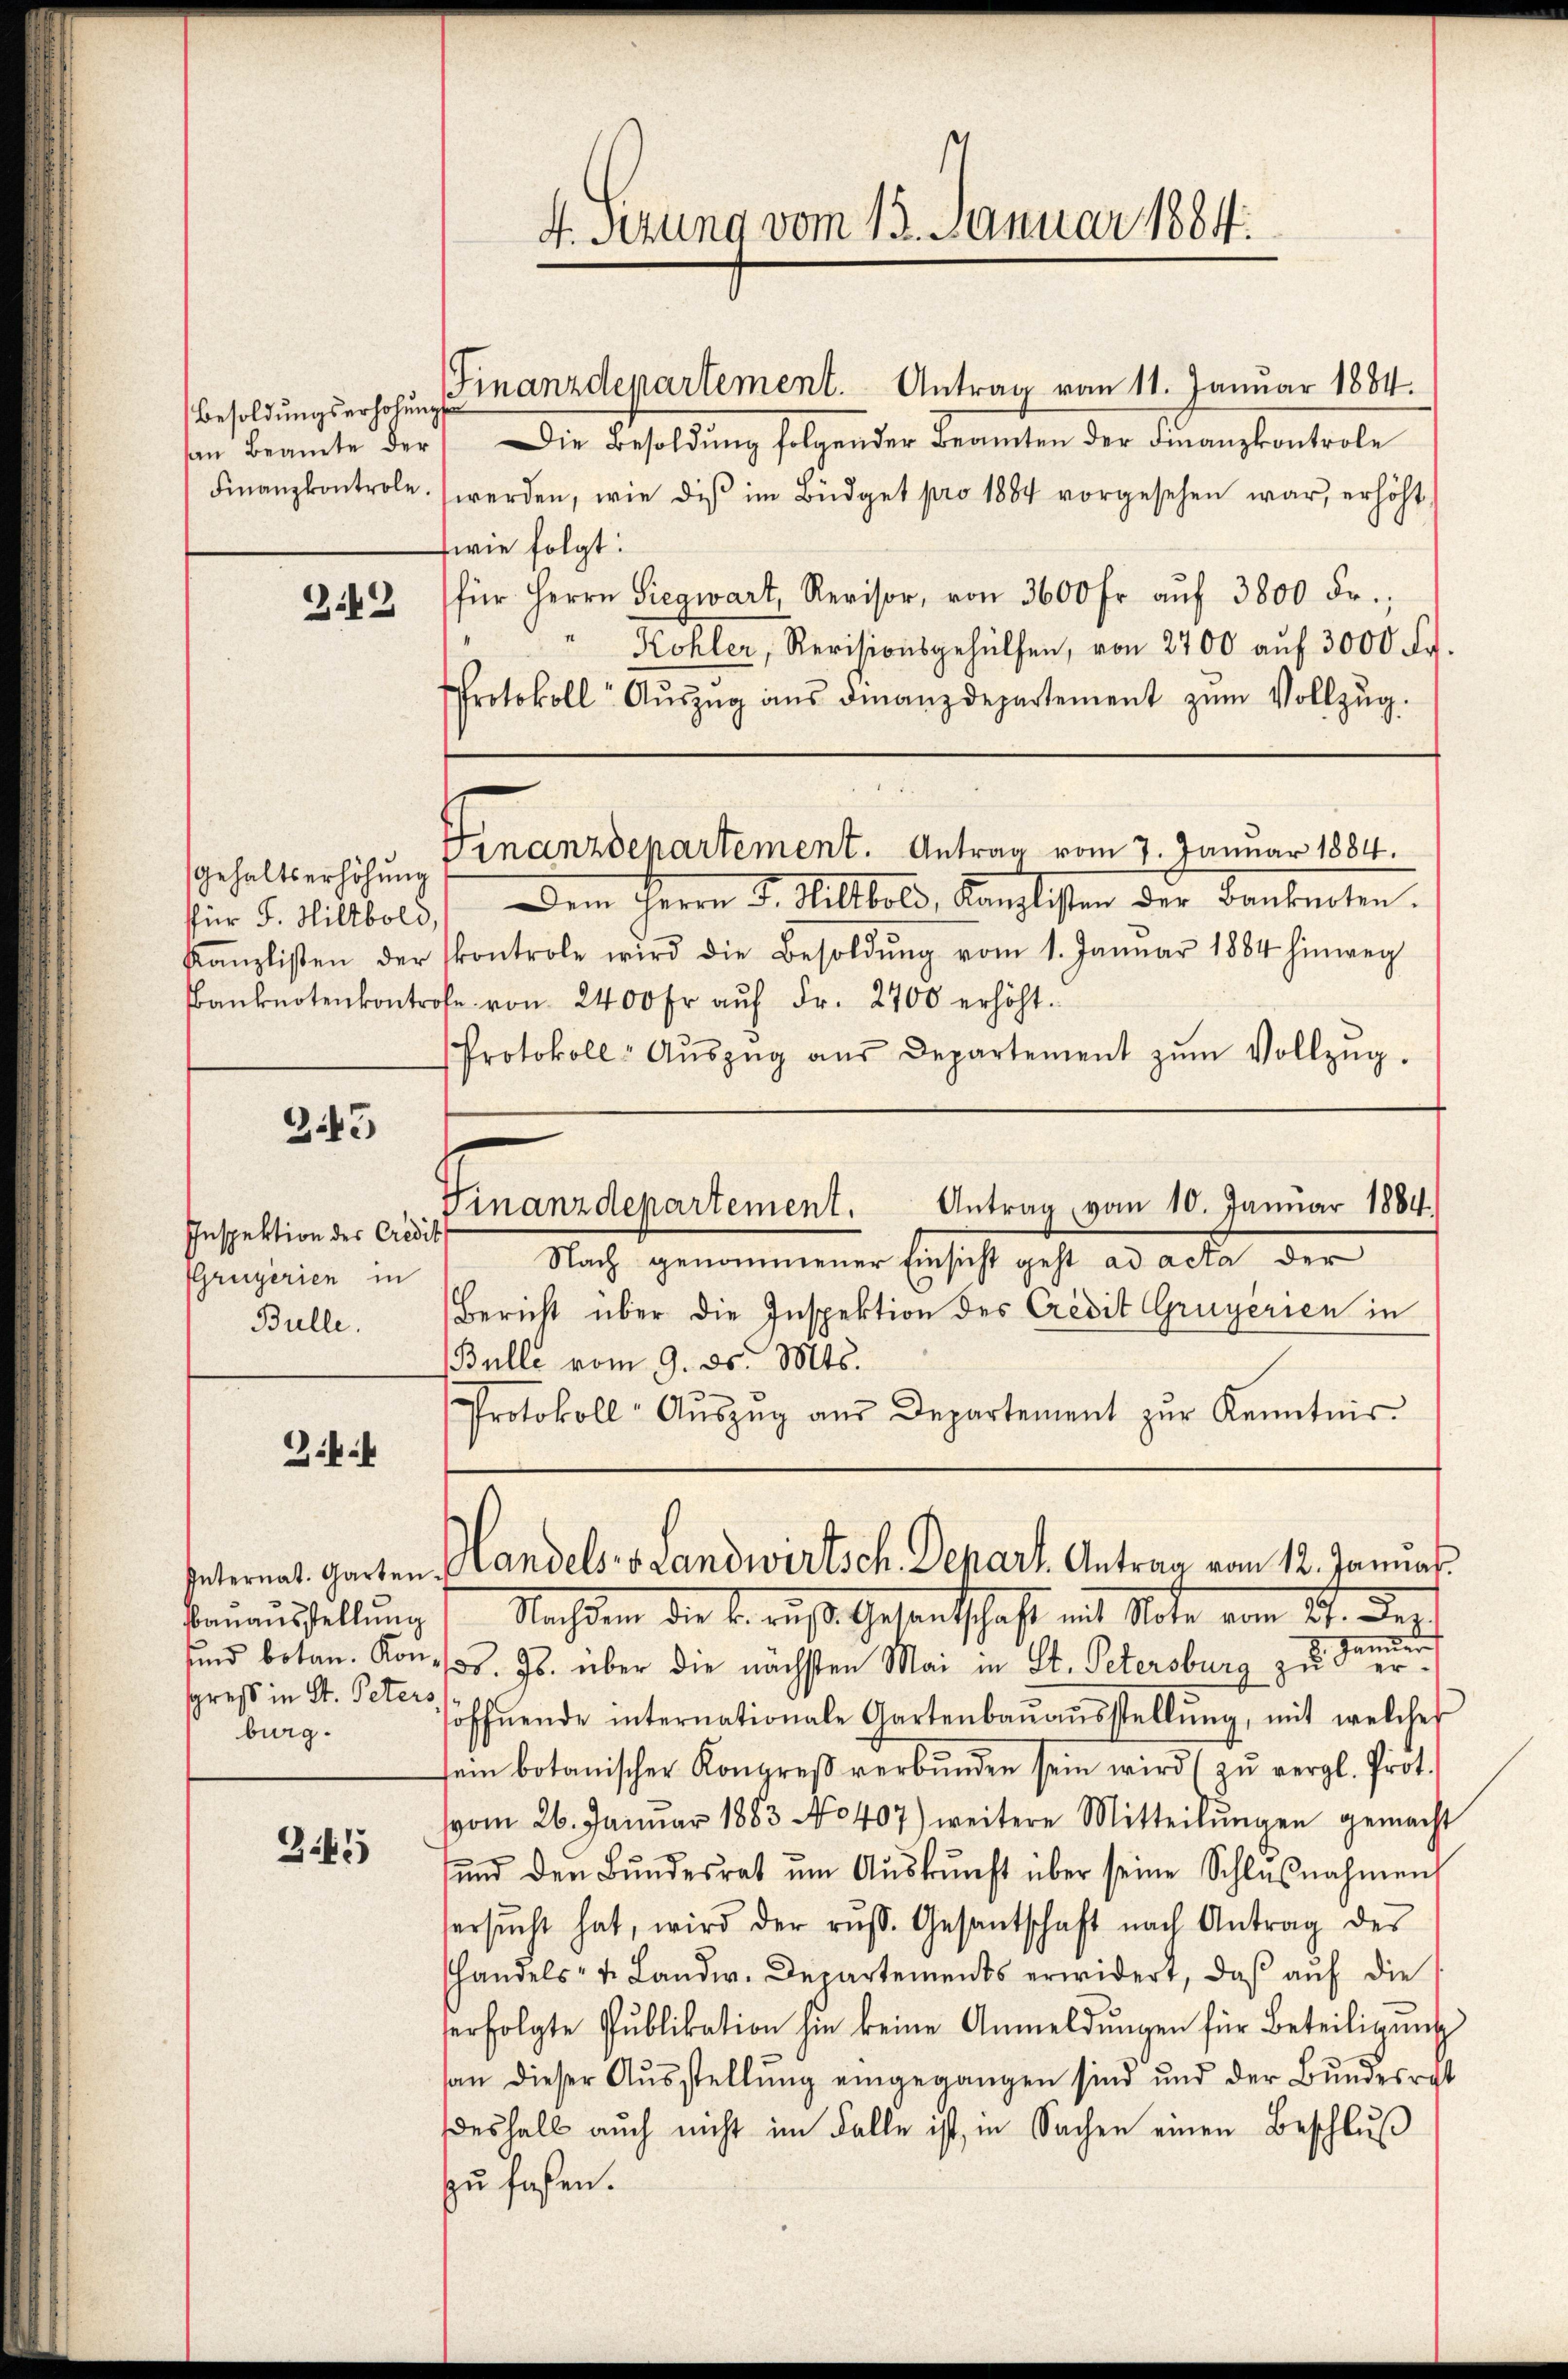
Besoldŭngserhöhŭng
san Beamte der

3:43

Gehaltserhöhung
sfür F. Hiltbold,

343

Inspektion des Credit
Gruyerien in
Bulle.

ki

Banausstellung
greß in St. Peters,
burg.

3.45

Finanzdepartement. Antrag vom 11. Januar 1884.
Die Besoldŭng folgender Beamten der Finanzkontrole
Finanzkontrole (werden, wie diβ im Büdget pro 1884 vorgesehen war, erhöht
wie folgt:
für Herrn Siegwart, Revisor, von 3600 fr. auf 3800 Fr.;
¬
Köhler, Revisionsgehülfen, von 2700 auf 3000 Fr.
Protokoll Aŭszŭg aŭs Finanzdepartement zŭm Vollzŭg.
Vinanzdepartement. Antrag vom 7. Januar 1884.
Dem Herrn J. Hiltbold, Kanzlisten der Banknoten.
Kanzlisten der kontrole wird die Besoldŭng vom 1. Janŭar 1884 hinweg
Banknotenkontrole von 2400 fr aŭf Fr. 2700 erhöht.
Protokoll- Aŭszŭg aŭs Departement zŭm Vollzŭg.

4. Sitzung vom 15. Januar 1884.

Bericht über die Inspektion des Credit Gruyèrien in
Bulle vom 9. ds. Mts.
Protokoll- Aŭszŭg aŭs Departement zŭr Kenntnis-

Nachten die k. aus Gesandtschaft gut Note vom 24. Der
Tannen
sund botan. Kond. Js. über die nächsten Mai in St. Petersburg zu eröffnende internationale Gartenbaŭaŭsstellŭng, mit welches
sein botanischer Kongreß verbunden sein wird (zu vergl. Prot.
vom 26. Januar 1883 No 407) weitere Mitteilŭngen gemacht
ŭnd den Bŭndesrat ŭm Aŭskŭnft über seine Schlŭβnahmen
ersŭcht hat, wird der russ. Gesantschaft nach Antrag des
handels- u. Landw. Departements erwidert, daß auf die
erfolgte Pŭblikation hin keine Anmeldŭngen für Beteiligung
an dieser Aŭsstellung eingegangen sind und der Bundesrat
deshalb auch nicht im Falle ist, in Sachen einen Beschluß
zu faßen.

Finanzdepartement. Antrag vom 10. Januar 1884.
Nach genommener Einsicht geht ad acta der

Internat. Garten Handels Landwirtsch. Depart. Antrag vom 12. Januar